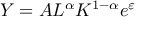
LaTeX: Y = A L ^ { \alpha } K ^ { 1 - \alpha } e ^ { \varepsilon }